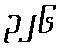
၃၂၆